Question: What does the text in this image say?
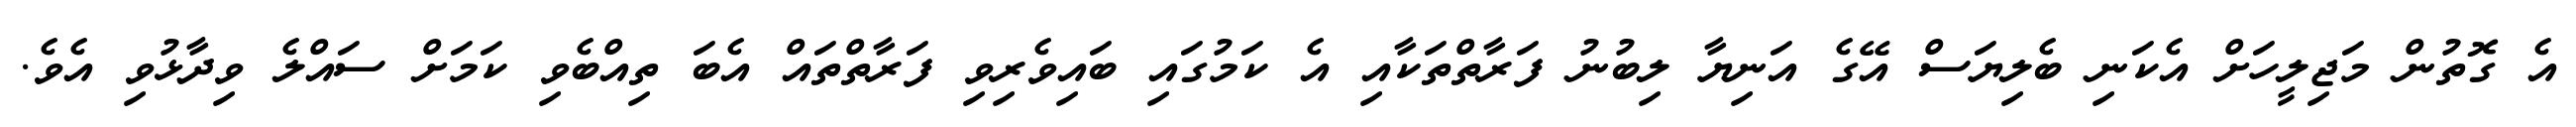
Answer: އެ ގޮތުން މަޖިލީހަށް އެކަނި ބެލިޔަސް އޭގެ އަނިޔާ ލިބުނު ފަރާތްތަކާއި އެ ކަމުގައި ބައިވެރިވި ފަރާތްތައް އެބަ ތިއްބެވި ކަމަށް ސައްލެ ވިދާޅުވި އެވެ.